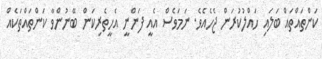
ކަންތައްތައް ބަލައި ހައްލުކުރަން ޖެހެއެވެ. ނަމަވެސް އެއީ ފަންނީ އެހީތެރިކަން ބޭނުންވާ ކަންތައްތަކެއް